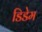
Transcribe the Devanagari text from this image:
डिडेम